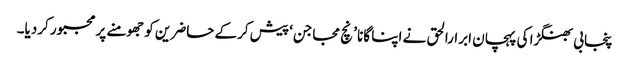
پنجابی بھنگڑا کی پہچان ابرارالحق نے اپنا گانا ’ نچ مجاجن‘ پیش کرکے حاضرین کو جھومنے پر مجبور کردیا۔